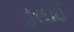
હરદોઈ